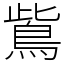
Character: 鴜